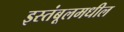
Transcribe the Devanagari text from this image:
इस्तंबूलमधील